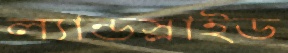
ল্যান্ডস্লাইড